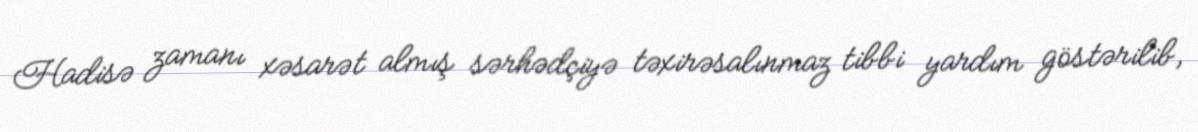
Hadisə zamanı xəsarət almış sərhədçiyə təxirəsalınmaz tibbi yardım göstərilib,